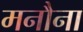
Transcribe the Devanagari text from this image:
मनौना